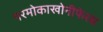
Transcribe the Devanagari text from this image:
परमोकाखोनीफेरस